Civil Veterinary Department Bihar & Orissa reports 1929-36 - 1929-1936
Year: 1929
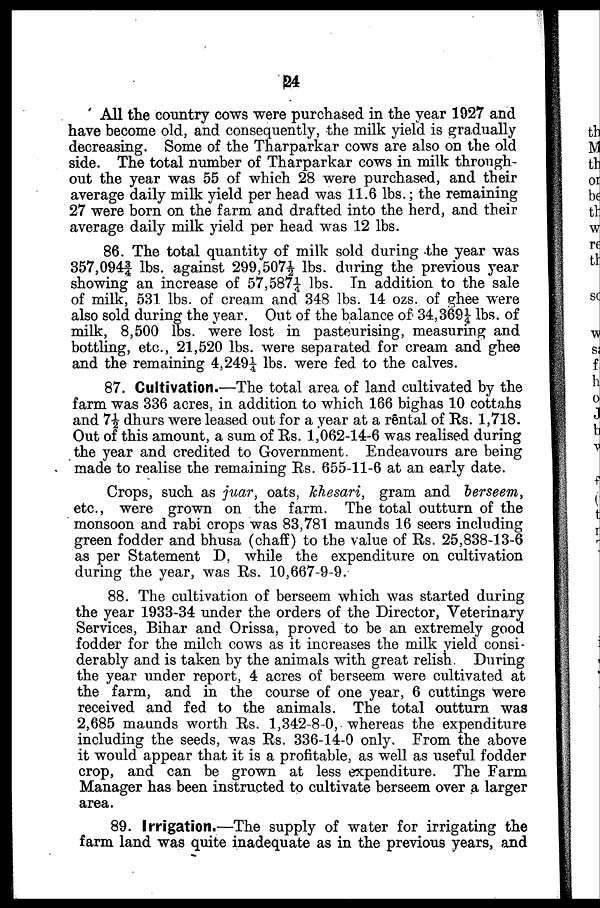
24
All the country cows were purchased in the year 1927 and
have become old, and consequently, the milk yield is gradually
decreasing. Some of the Tharparkar cows are also on the old
side. The total number of Tharparkar cows in milk through-
out the year was 55 of which 28 were purchased, and their
average daily milk yield per head was 11.6 lbs.; the remaining
27 were born on the farm and drafted into the herd, and their
average daily milk yield per head was 12 lbs.
86. The total quantity of milk sold during the year was
357,0943/4 lbs. against 299,507½ lbs. during the previous year
showing an increase of 57,5871/4 lbs. In addition to the sale
of milk, 531 lbs. of cream and 348 lbs. 14 ozs. of ghee were
also sold during the year. Out of the balance of 34,3691/4 lbs. of
milk, 8,500 lbs. were lost in pasteurising, measuring and
bottling, etc., 21,520 lbs. were separated for cream and ghee
and the remaining 4,2491/4 lbs. were fed to the calves.
87. Cultivation.—The total area of land cultivated by the
farm was 336 acres, in addition to which 166 bighas 10 cottahs
and 7½ dhurs were leased out for a year at a rental of Rs. 1,718.
Out of this amount, a sum of Rs. 1,062-14-6 was realised during
the year and credited to Government. Endeavours are being
made to realise the remaining Rs. 655-11-6 at an early date.
Crops, such as juar, oats, khesari, gram and berseem,
etc., were grown on the farm. The total outturn of the
monsoon and rabi crops was 83,781 maunds 16 seers including
green fodder and bhusa (chaff) to the value of Rs. 25,838-13-6
as per Statement D, while the expenditure on cultivation
during the year, was Rs. 10,667-9-9.
88. The cultivation of berseem which was started during
the year 1933-34 under the orders of the Director, Veterinary
Services, Bihar and Orissa, proved to be an extremely good
fodder for the milch cows as it increases the milk yield consi-
derably and is taken by the animals with great relish. During
the year under report, 4 acres of berseem were cultivated at
the farm, and in the course of one year, 6 cuttings were
received and fed to the animals. The total outturn was
2,685 maunds worth Rs. 1,342-8-0, whereas the expenditure
including the seeds, was Rs. 336-14-0 only. From the above
it would appear that it is a profitable, as well as useful fodder
crop, and can be grown at less expenditure. The Farm
Manager has been instructed to cultivate berseem over a larger
area.
89. Irrigation.—The supply of water for irrigating the
farm land was quite inadequate as in the previous years, and